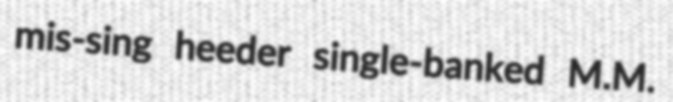
mis-sing heeder single-banked M.M.